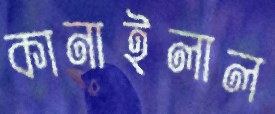
কানাইলাল